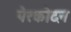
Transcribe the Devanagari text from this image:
पेरकोदन